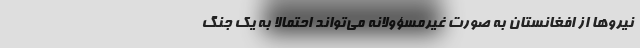
نیروها از افغانستان به صورت غیرمسؤولانه می‌تواند احتمالا به یک جنگ